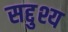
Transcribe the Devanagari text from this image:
सद्दुश्य